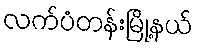
လက်ပံတန်းမြို့နယ်